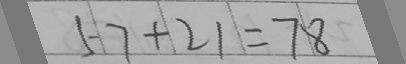
5 7 + 2 1 = 7 8